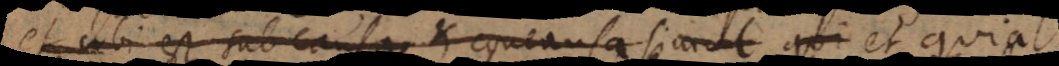
et ubi est subcausa et concausa simul qui et quia